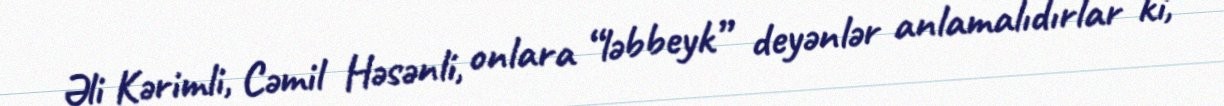
Əli Kərimli, Cəmil Həsənli, onlara “ləbbeyk” deyənlər anlamalıdırlar ki,